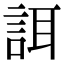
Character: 誀